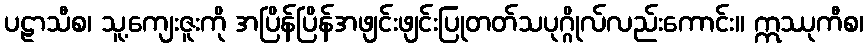
ပဠာသီစ၊ သူ့ကျေးဇူးကို အပြိန်ပြိန်အဖျင်းဖျင်းပြုတတ်သပုဂ္ဂိုလ်လည်းကောင်း။ ဣဿုကီစ၊